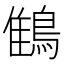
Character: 䳡